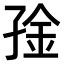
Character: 𫲧